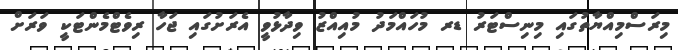
މިރަސްމިއްޔާތުގައި މިނިސްޓަރު ޑރ މުހައްމަދު މުއިއްޒު ވިދާޅުވީ އެރަށުގައި ޖަހާ ރިވެޓްމެންޓަކީ ވަރަށް